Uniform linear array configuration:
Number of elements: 8
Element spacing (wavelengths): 1
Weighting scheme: cosine
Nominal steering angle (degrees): -60
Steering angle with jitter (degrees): -61.407
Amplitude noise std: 0.05
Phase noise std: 0.05

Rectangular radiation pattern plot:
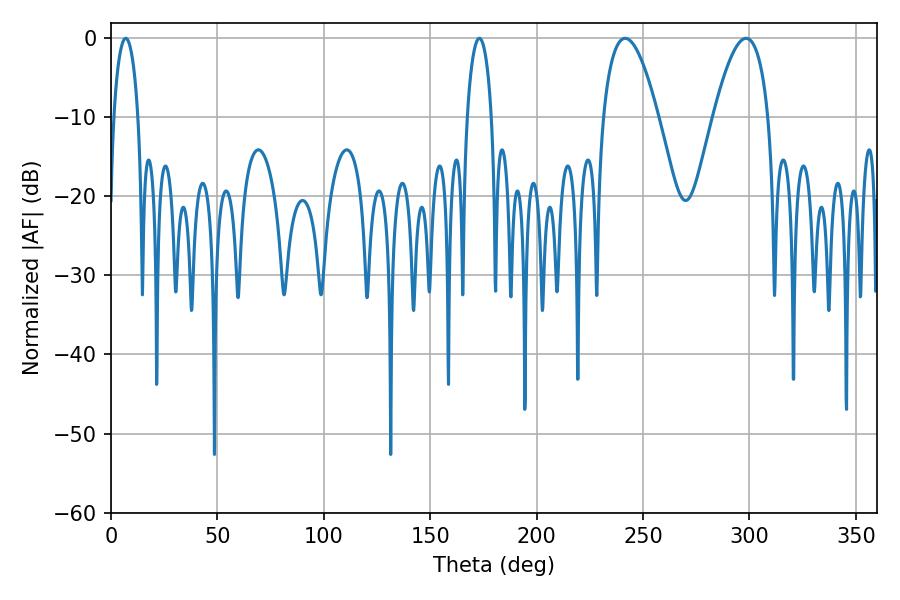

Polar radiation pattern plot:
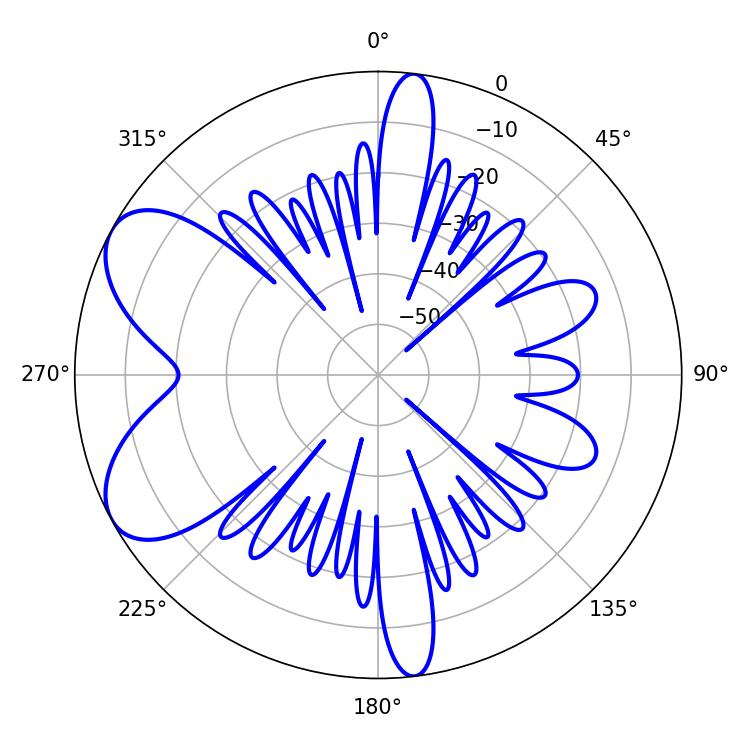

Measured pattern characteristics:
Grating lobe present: TRUE
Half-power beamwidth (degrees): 14.22
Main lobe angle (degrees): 241.56